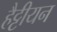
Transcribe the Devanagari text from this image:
हैट्टीयन